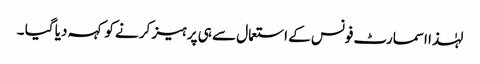
لہٰذا اسمارٹ فونس کے استعمال سے ہی پرہیز کرنے کو کہہ دیا گیا ۔